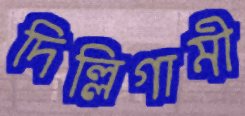
দিল্লিগামী